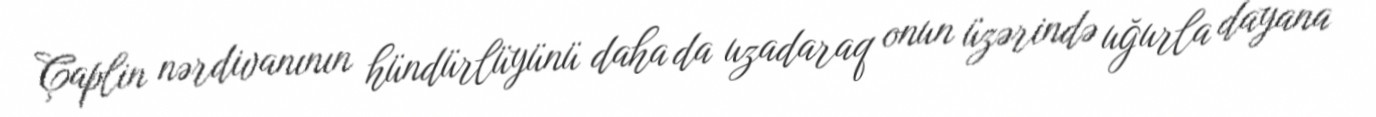
Çaplin nərdivanının hündürlüyünü daha da uzadaraq onun üzərində uğurla dayana